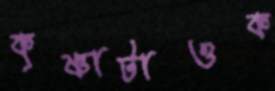
কৃষ্ণাটাওক